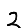
Digit: 2